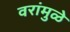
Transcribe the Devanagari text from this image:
वरांमुळे